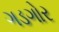
ગડગોર